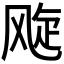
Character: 𬱽